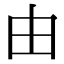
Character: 由